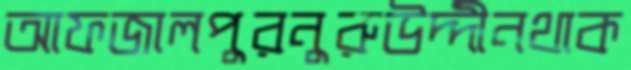
আফজালপুরনুরুউদ্দীনথাক